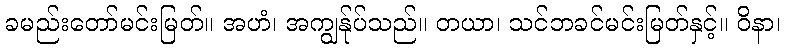
ခမည်းတော်မင်းမြတ်။ အဟံ၊ အကျွန်ုပ်သည်။ တယာ၊ သင်ဘခင်မင်းမြတ်နှင့်။ ဝိနာ၊